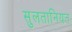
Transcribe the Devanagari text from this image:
सुलतानियत